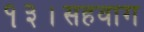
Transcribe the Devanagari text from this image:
१३।सहवाग